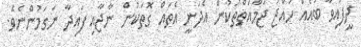
ދީފައިވާ ބައެއް ހައްޖު ޖަމާއަތްތަކުން އެދަނީ އެތައް ގޮތަކުން ނާޖާއި ފައިދާ ނަގަމުންނެވެ.